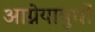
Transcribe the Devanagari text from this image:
आग्नेयायुधों